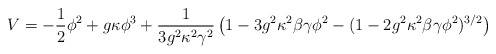
\begin{align*}V = -\frac{1}{2}\phi^2 + g \kappa \phi^3 +\frac{1}{3 g^2 \kappa^2 \gamma^2} \left(1 -3g^2 \kappa^2 \beta \gamma \phi^2-(1-2 g^2 \kappa^2\beta \gamma \phi^2)^{3/2} \right)\end{align*}